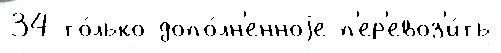
34 то́лько допо́лн'енноjе п'ер'евоз'и́ть